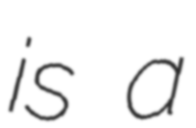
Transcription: is a